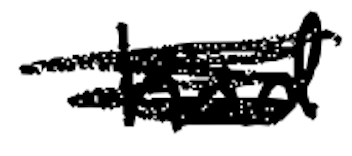
Text: had
Cross-out: scratch
Writing tool: digital_black